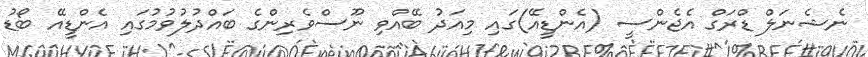
ނެޝެނަލް ޑްރަގް އެޖެންސީ (އެންޑީއޭ)ގައި މިއަދު ބޭއްވި ނޫސްވެރިންގެ ބައްދުލުވުމުގައި އެންޑީއޭ ބޯޑު